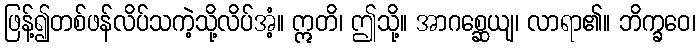
ဖြန့်၍တစ်ဖန်လိပ်သကဲ့သို့လိပ်အံ့။ ဣတိ၊ ဤသို့။ အာဂစ္ဆေယျ၊ လာရာ၏။ ဘိက္ခဝေ၊